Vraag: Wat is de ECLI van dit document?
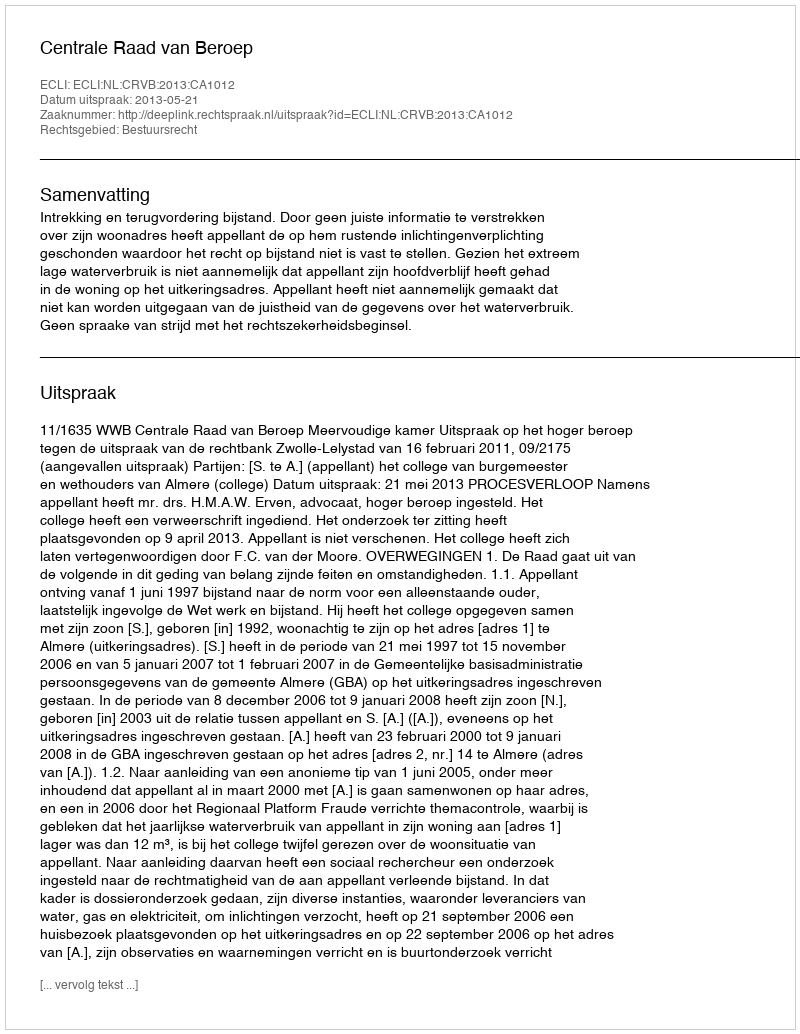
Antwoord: ECLI:NL:CRVB:2013:CA1012